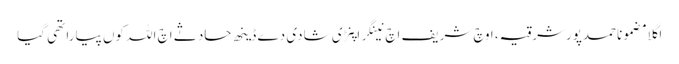
اگلا مضموناحمدپورشرقیہ، اوچ شریف اچ نینگر اپنڑی شادی دے ڈینھ حادثے اچ اللہ کوں پیارا تھی گیا